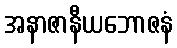
အနာဇာနီယဘောဇနံ